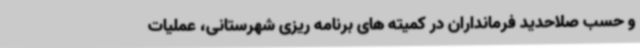
و حسب صلاحدید فرمانداران در کمیته های برنامه ریزی شهرستانی، عملیات